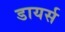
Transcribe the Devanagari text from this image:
डायर्स